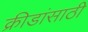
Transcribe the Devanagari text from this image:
क्रीडांसाठी